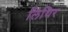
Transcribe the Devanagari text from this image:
लिथिर